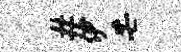
#伊芒